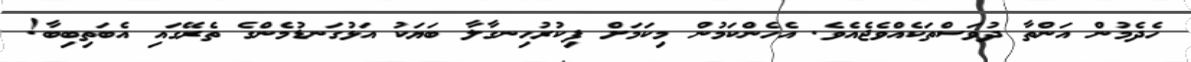
ހެދެމުން އަންތާ ދުވަސްތަކެއްވެޖެއެވެ. އެހެންކަމުން މިކަމަށް ފިކުރުހިނގާލާ ބަޔަކު އަޅުގަނޑުމެންގެ ތެރޭގައި އެބަތިބިބާ!